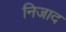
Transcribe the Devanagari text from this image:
निजाद